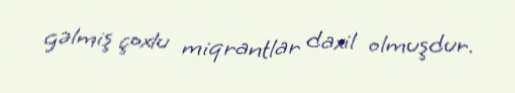
gəlmiş çoxlu miqrantlar daxil olmuşdur.